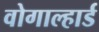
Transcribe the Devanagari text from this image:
वोगाल्हार्ड